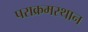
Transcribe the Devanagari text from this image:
पराक्रमस्थान